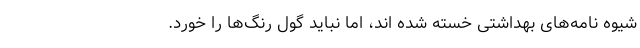
شیوه نامه‌های بهداشتی خسته شده اند، اما نباید گول رنگ‌ها را خورد.